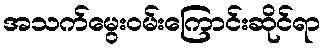
အသက်မွေးဝမ်းကြောင်းဆိုင်ရာ